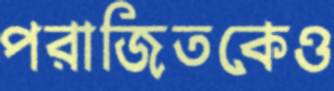
পরাজিতকেও